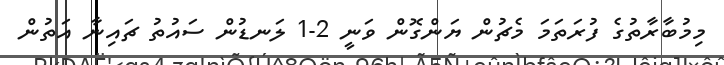
މިމުބާރާތުގެ ފުރަތަމަ މެޗުން ޔަންގޮން ވަނީ 2-1 ލަނޑުން ސައުތު ޗައިނާ އަތުން